Annual report of the Central Committee of the Association together with the report of the directors of the Pasteur Institute at Kasauli
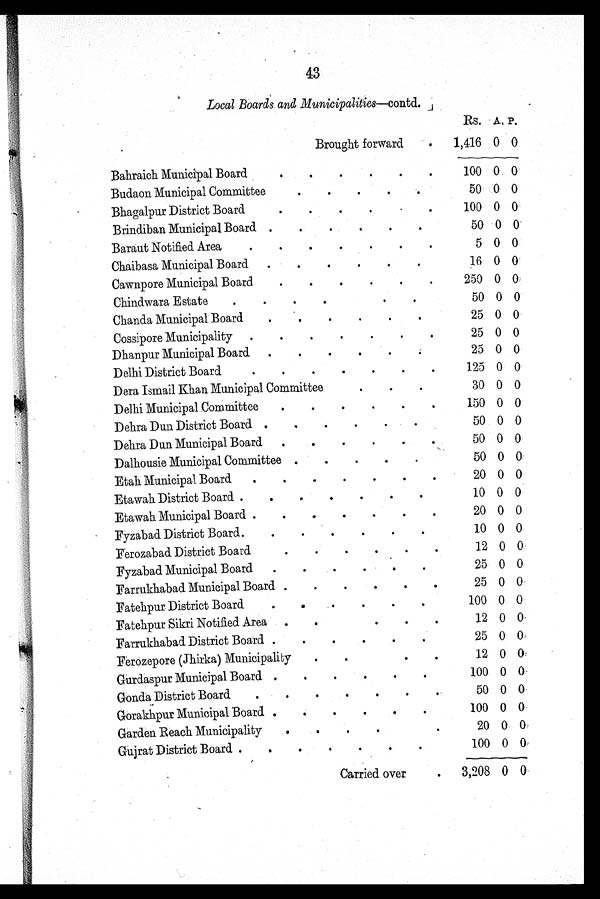
43
Local Boards and Municipalities—contd.
Rs. A. P.
Brought forward
1,416 0 0
Bahraich Municipal Board
100 0 0
Budaon Municipal Committee
50 0 0
Bhagalpur District Board
100 0 0
Brindiban Municipal Board
50 0 0
Baraut Notified Area
5 0 0
Chaibasa Municipal Board
16 0 0
Cawnpore Municipal Board
250 0 0
Chindwara Estate
50 0 0
Chanda Municipal Board
25 0 0
Cossipore Municipality
25 0 0
Dhanpur Municipal Board
25 0 0
Delhi District Board
125 0 0
Dera Ismail Khan Municipal Committee
30 0 0
Delhi Municipal Committee
150 0 0
Dehra Dun District Board
50 0 0
Dehra Dun Municipal Board
50 0 0
Dalhousie Municipal Committee
50 0 0
Etah Municipal Board
20 0 0
Etawah District Board
10 0 0
Etawah Municipal Board
20 0 0
Fyzabad District Board
10 0 0
Ferozabad District Board
12 0 0
Fyzabad Municipal Board
25 0 0
Farrukhabad Municipal Board
25 0 0
Fatehpur District Board
100 0 0
Fatehpur Sikri Notified Area
12 0 0
Farrukhabad District Board
25 0 0
Ferozepore (Jhirka) Municipality
12 0 0
Gurdaspur Municipal Board
100 0 0
Gonda District Board
50 0 0
Gorakhpur Municipal Board
100 0 0
Garden Reach Municipality
20 0 0
Gujrat District Board
100 0 0
Carried over
3,208 0 0